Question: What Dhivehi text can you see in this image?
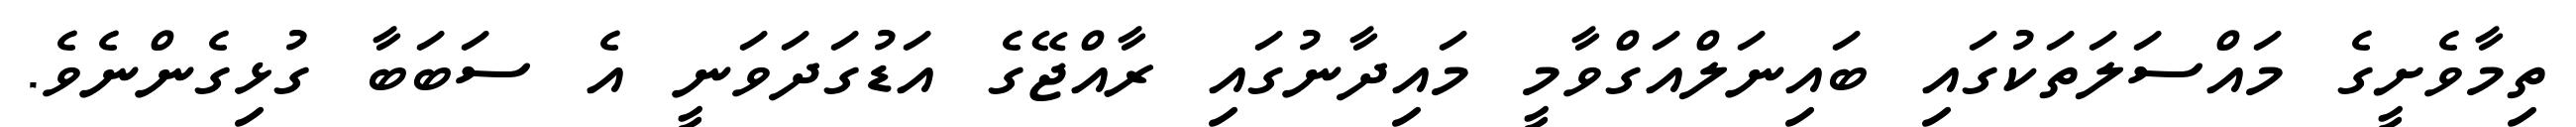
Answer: ތިމާވެށީގެ މައްސަލަތަކުގައި ބައިނަލްއަގްވާމީ މައިދާނުގައި ރާއްޖޭގެ އަޑުގަދަވަނީ އެ ސަބަބާ ގުޅިގެންނެވެ.